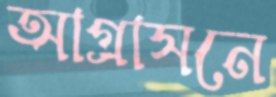
আগ্রাসনে